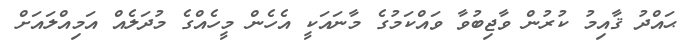
ޙައްދު ޤާއިމު ކުރުން ވާޖިބުވާ ވައްކަމުގެ މާނައަކީ އެހެން މީހެއްގެ މުދަލެއް އަމިއްލައަށް